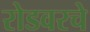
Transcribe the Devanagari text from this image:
रोडवरचे